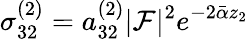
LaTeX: \sigma_{32}^{(2)}=a_{32}^{(2)}|\mathcal{F}|^{2}e^{-2\bar{\alpha}z_{2}}